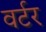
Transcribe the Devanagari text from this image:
वर्टर